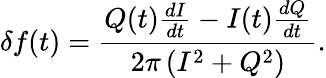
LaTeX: \delta f(t)=\frac{Q(t)\frac{dI}{dt}-I(t)\frac{dQ}{dt}}{2\pi\left(I^{2}+Q^{2}\right)}.